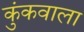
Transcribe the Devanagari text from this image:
कुंकवाला